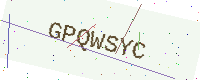
Text: GPQWSYC